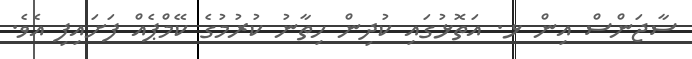
ސާޖަންސް އިން ޅ. އަތޮޅުގައި ކުދިން ހިތާނު ކުރުމުގެ ކޭމްޕެއް ފަށައިފި އެވެ.